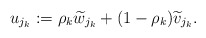
\begin{align*}u_{j_{k}}:=\rho_{k}\widetilde{w}_{j_{k}} + (1-\rho_{k})\widetilde{v}_{j_{k}}. \end{align*}